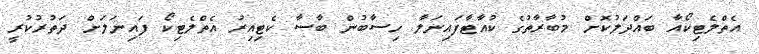
އެތްލެޓިކޯއާ ބައްދަލުކޮށް މުބާރާތުގެ ކުއާޓާފައިނަލާ ހިސާބުން ބާސާ ކެޓިއިރު އެތްލެޓިކޯ ފައިނަލަށް ދަތުރުކުރީ